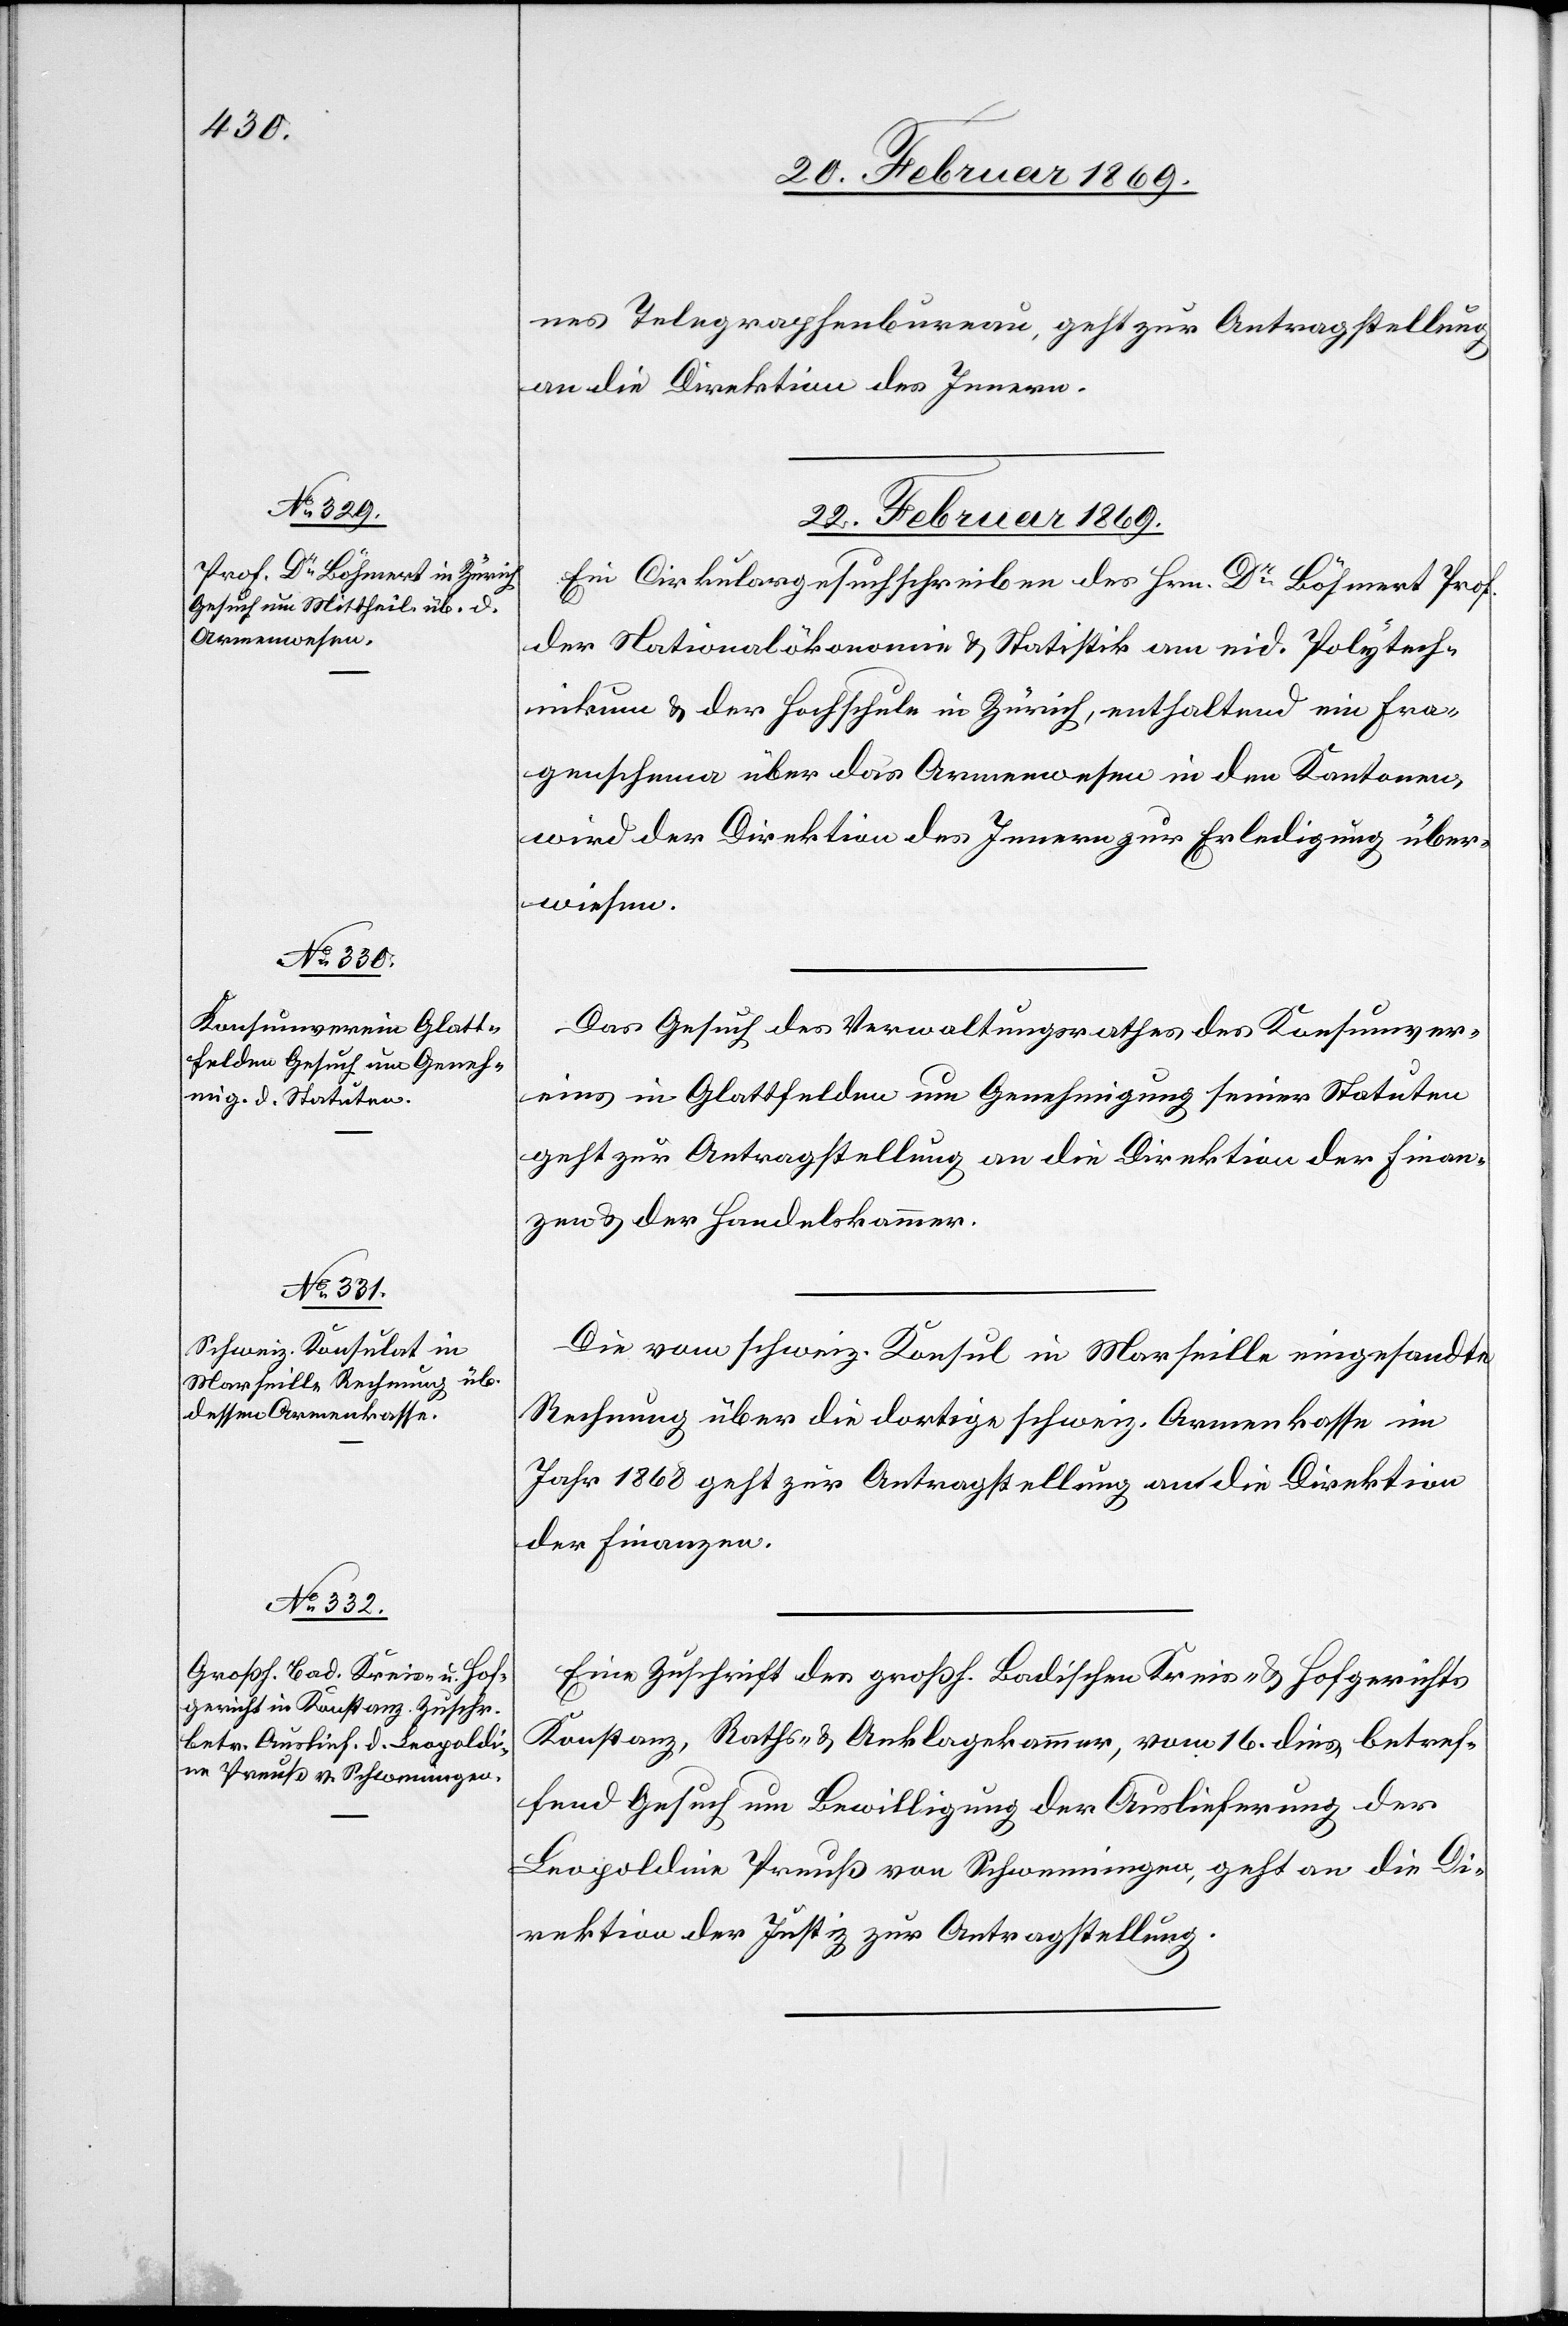
nes Telegraphenbureau, geht zur Antragstellung
an die Direktion des Innern.
22. Februar 1869.]
Ein Cirkularschreiben des Hrn. Dr Böhmert Prof.
der Nationalökonomie & Statistik am eid. Polytech¬
nikum & der Hochschule in Zürich, enthaltend ein Fra¬
genschema über das Armenwesen in den Kantonen,
wird der Direktion des Innern zur Erledigung über¬
wiesen.
Das Gesuch des Verwaltungsrathes des Konsumver¬
eines in Glattfelden um Genehmigung seiner Statuten
geht zur Antragstellung an die Direktion der Finan¬
zen & der Handelskammer.
Die vom schweiz. Konsul in Marseille eingesandte
Rechnung über die dortige schweiz. Armenkasse im
Jahr 1868 geht zur Antragstellung an die Direktion
der Finanzen.
Eine Zuschrift des großh. Badischen Kreis- & Hofgerichts
Konstanz, Raths- & Anklagekammer, vom 16. dies betref¬
fend Gesuch um Bewilligung der Auslieferung der
Leopoldine Preuß von Schwenningen, geht an die Di¬
rektion der Justiz zur Antragstellung.